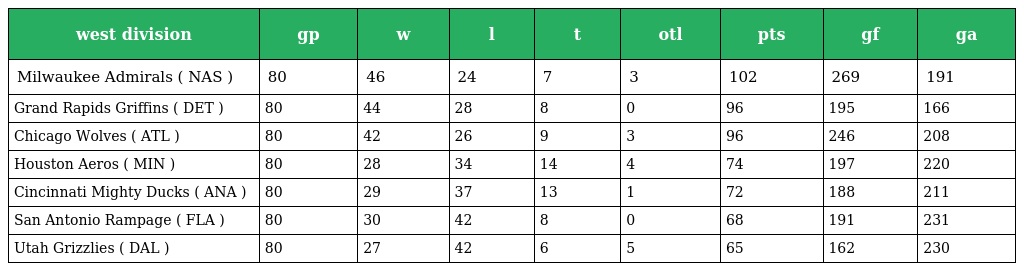
| west division | gp | w | l | t | otl | pts | gf | ga |
 | --- | --- | --- | --- | --- | --- | --- | --- | --- |
 | Milwaukee Admirals ( NAS ) | 80 | 46 | 24 | 7 | 3 | 102 | 269 | 191 |
 | Grand Rapids Griffins ( DET ) | 80 | 44 | 28 | 8 | 0 | 96 | 195 | 166 |
 | Chicago Wolves ( ATL ) | 80 | 42 | 26 | 9 | 3 | 96 | 246 | 208 |
 | Houston Aeros ( MIN ) | 80 | 28 | 34 | 14 | 4 | 74 | 197 | 220 |
 | Cincinnati Mighty Ducks ( ANA ) | 80 | 29 | 37 | 13 | 1 | 72 | 188 | 211 |
 | San Antonio Rampage ( FLA ) | 80 | 30 | 42 | 8 | 0 | 68 | 191 | 231 |
 | Utah Grizzlies ( DAL ) | 80 | 27 | 42 | 6 | 5 | 65 | 162 | 230 |